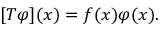
[ T \varphi ] ( x ) = f ( x ) \varphi ( x ) .